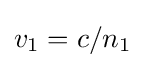
v_{1}=c/n_{1}